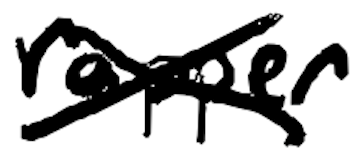
Text: rapper
Cross-out: cross
Writing tool: digital_black